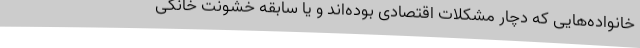
خانواده‌هایی که دچار مشکلات اقتصادی بوده‌اند و یا سابقه خشونت خانگی